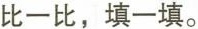
比一比，填一填。